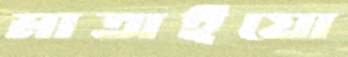
মাতাইয়ো